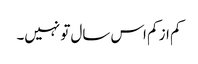
کم از کم اس سال تو نہیں۔